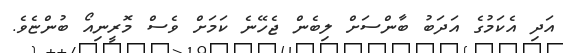
އަދި އެކަމުގެ އަދަބު ބާންސަށް ލިބެން ޖެހޭނެ ކަމަށް ވެސް މޮރީނިއޯ ބުންޏެވެ.